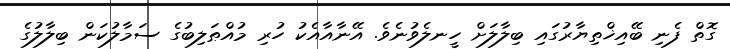
ގޮތް ފެނި ބޭއިޚްތިޔާރުގައި ބިލާލަށް ހީނލެވުނެވެ. އޭނާއާއެކު ހުރި މުއްޠަލިބުގެ ސަމާލުކަން ބިލާލުގެ